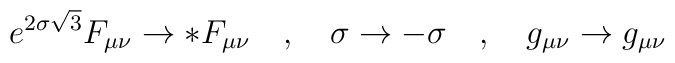
e^{2\sigma\sqrt{3}}F_{\mu\nu} \rightarrow *F_{\mu\nu} \quad,\quad \sigma\rightarrow-\sigma \quad,\quad g_{\mu\nu} \rightarrow g_{\mu\nu}